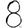
Digit: 8